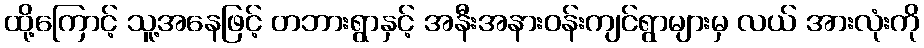
ထို့ကြောင့် သူ့အနေဖြင့် တဘားရွာနှင့် အနီးအနားဝန်းကျင်ရွာများမှ လယ် အားလုံးကို